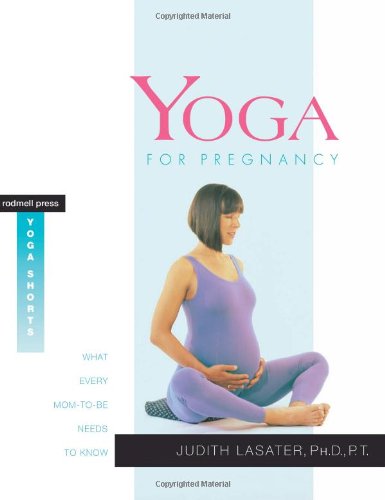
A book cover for Yoga for Pregnancy: What Every Mom-to-Be Needs to Know; Judith Hanson Lasater Ph.D.; Health, Fitness & Dieting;